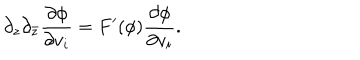
\partial _ { z } \partial _ { \bar { z } } \frac { \partial \phi } { \partial v _ { i } } = F ^ { \prime } ( \phi ) \frac { \partial \phi } { \partial v _ { i } } .